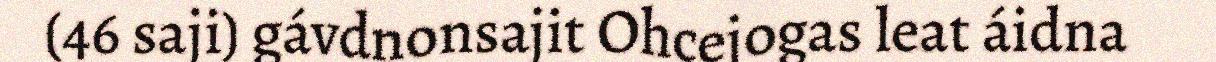
(46 saji) gávdnonsajit Ohcejogas leat áidna